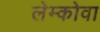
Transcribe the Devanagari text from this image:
लेम्कोवा